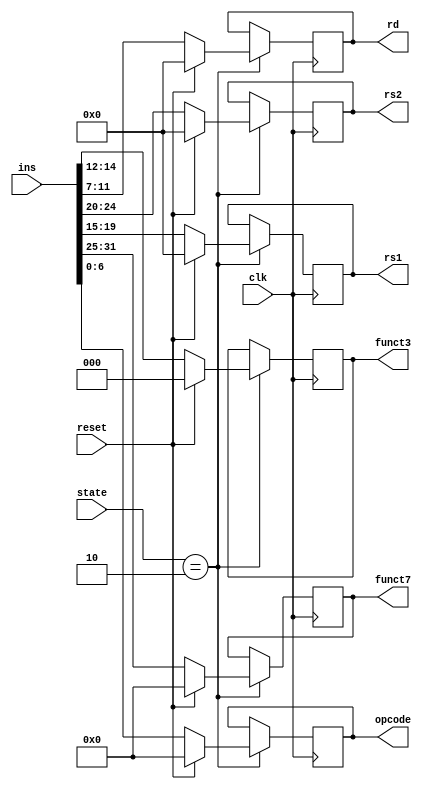
`timescale 1ns / 1ps
//////////////////////////////////////////////////////////////////////////////////
// Company: 
// Engineer: 
// 
// Design Name: 
// Module Name: Decoder
// Project Name: 
// Target Devices: 
// Tool Versions: 
// Description: 
// 
// Dependencies: 
// 
// Revision:
// Revision 0.01 - File Created
// Additional Comments:
// 
//////////////////////////////////////////////////////////////////////////////////


module Decoder(
        input [31:0] ins,
        input clk,
        input reset,
        output reg [4:0] rs1,rs2,rd,
        output reg [6:0] funct7,
        output reg [6:0] opcode,
        output reg [2:0] funct3,
        input [2:0] state
      
    );
    
    wire [31:0] temp = ins;

    
always@(posedge clk)
    begin
    if(state == 3'b010)
    begin
    
        if(reset)
        begin           
            funct7 = 7'b0;
            rs1 = 5'b0;
            rs2 = 5'b0;
            rd = 5'b0;
            funct3 = 3'b0;
            opcode = 7'b0;        
        end
        
        else
        begin            
                funct7 = temp[31:25]; 
                rs2 = temp[24:20];
                rs1 = temp[19:15];
                funct3 = temp[14:12];
                rd = temp[11:7];
                opcode = temp[6:0];                     
        end 
        
          
    end
end  
     
endmodule